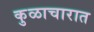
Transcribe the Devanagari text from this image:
कुळाचारात